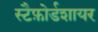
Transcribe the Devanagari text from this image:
स्टैफ़ोर्डशायर